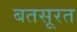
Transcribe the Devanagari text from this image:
बतसूरत